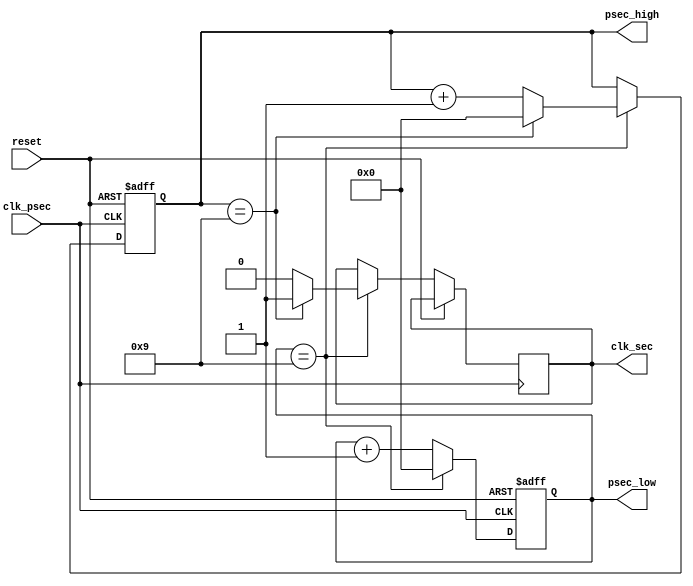
`timescale 1ns / 1ps
module sw_gen_psec(
	input wire clk_psec,
	input wire reset,
	output reg clk_sec,
	output reg[3:0] psec_low, psec_high);
	
	initial begin
		psec_low = 0;
		psec_high = 0;
	end
 
	always @(posedge clk_psec or posedge reset) begin
		if (reset) begin
			psec_low = 0;
			psec_high = 0;
		end
		else
			if (psec_low == 9) begin
				psec_low = 0;
				clk_sec = 0;
				if (psec_high == 9) begin
					psec_high = 0; // grow second
					clk_sec = 1;
				end
				else
					psec_high = psec_high + 1;
				end
			else
				psec_low = psec_low + 1;
	end

endmodule